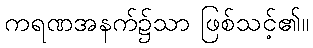
ကရဏအနက်၌သာ ဖြစ်သင့်၏။